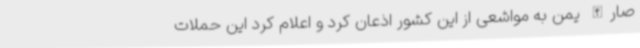
صارالله یمن به مواشعی از این کشور اذعان کرد و اعلام کرد این حملات